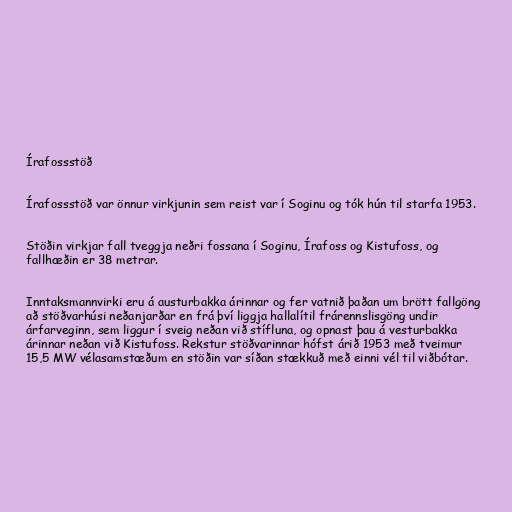
Írafossstöð

Írafossstöð var önnur virkjunin sem reist var í Soginu og tók hún til starfa 1953.

Stöðin virkjar fall tveggja neðri fossana í Soginu, Írafoss og Kistufoss, og
fallhæðin er 38 metrar.

Inntaksmannvirki eru á austurbakka árinnar og fer vatnið þaðan um brött fallgöng
að stöðvarhúsi neðanjarðar en frá því liggja hallalítil frárennslisgöng undir
árfarveginn, sem liggur í sveig neðan við stífluna, og opnast þau á vesturbakka
árinnar neðan við Kistufoss. Rekstur stöðvarinnar hófst árið 1953 með tveimur
15,5 MW vélasamstæðum en stöðin var síðan stækkuð með einni vél til viðbótar.